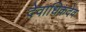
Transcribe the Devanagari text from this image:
देवाधिकदेव